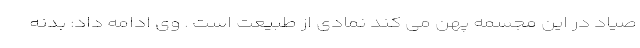
صیاد در این مجسمه پهن می کند نمادی از طبیعت است . وی ادامه داد: بدنه